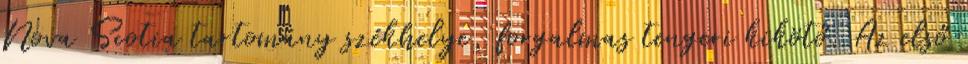
Nova Scotia tartomány székhelye, forgalmas tengeri kikötő. Az első